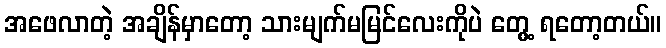
အဖေလာတဲ့ အချိန်မှာတော့ သားမျက်မမြင်လေးကိုပဲ တွေ့ ရတော့တယ်။